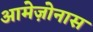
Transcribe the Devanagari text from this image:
आमेज़ोनास